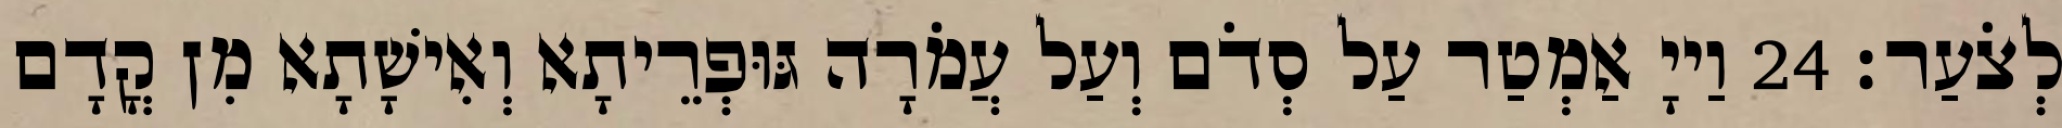
לְצֹעַר׃ 24 וַייָ אַמְטַר עַל סְדֹם וְעַל עֲמֹרָה גּוּפְרֵיתָא וְאִישָׁתָא מִן קֳדָם